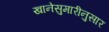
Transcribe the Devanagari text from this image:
खानेसुमारीनुसार